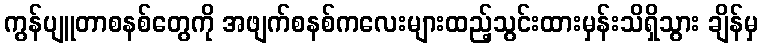
ကွန်ပျူတာစနစ်တွေကို အဖျက်စနစ်ကလေးများထည့်သွင်းထားမှန်းသိရှိသွား ချိန်မှ